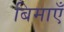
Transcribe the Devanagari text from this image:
बिमाएँ